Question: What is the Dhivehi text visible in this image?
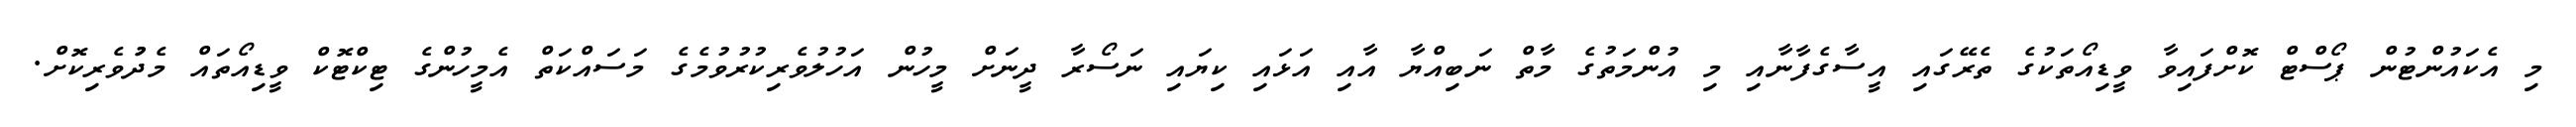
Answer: މި އެކައުންޓުން ޕޯސްޓް ކޮށްފައިވާ ވީޑިއޯތަކުގެ ތެރޭގައި އީސާގެފާނާއި މި އުންމަތުގެ މާތް ނަބިއްޔާ އާއި އަޅައި ކިޔައި ނަސޯރާ ދީނަށް މީހުން އަހުލުވެރިކުރުވުމެގެ މަސައްކަތް އެމީހުންގެ ޓިކްޓޮކް ވީޑިއޯތައް މެދުުވެރިކޮށް.